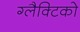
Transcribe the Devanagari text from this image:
ग्‍लैक्टिको